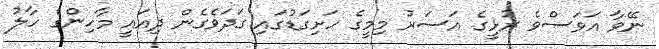
ނޭވާ އަވަސްވެ ރުޅީގެ އަސަރު މިމީގެ ހަށިގަޑުގައި ގަދަވެގެން ދިއައީ މާހިންގެ ހާލު